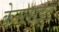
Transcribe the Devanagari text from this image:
केरलाइट